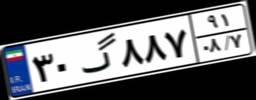
۳۰گ۸۸۷۹۱